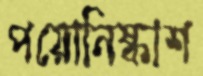
পয়োনিষ্কাশ